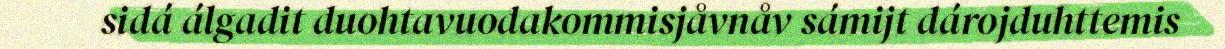
sidá álgadit duohtavuodakommisjåvnåv sámijt dárojduhttemis